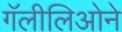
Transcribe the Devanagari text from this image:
गॅलीलिओने